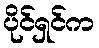
ပိုင်ရှင်က